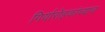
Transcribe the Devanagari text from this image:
गिर्यारोहकांच्याच